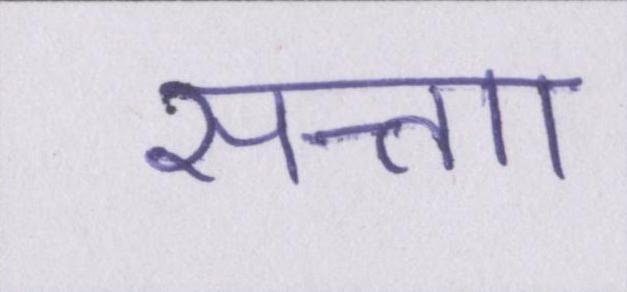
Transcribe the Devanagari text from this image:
सत्ताा